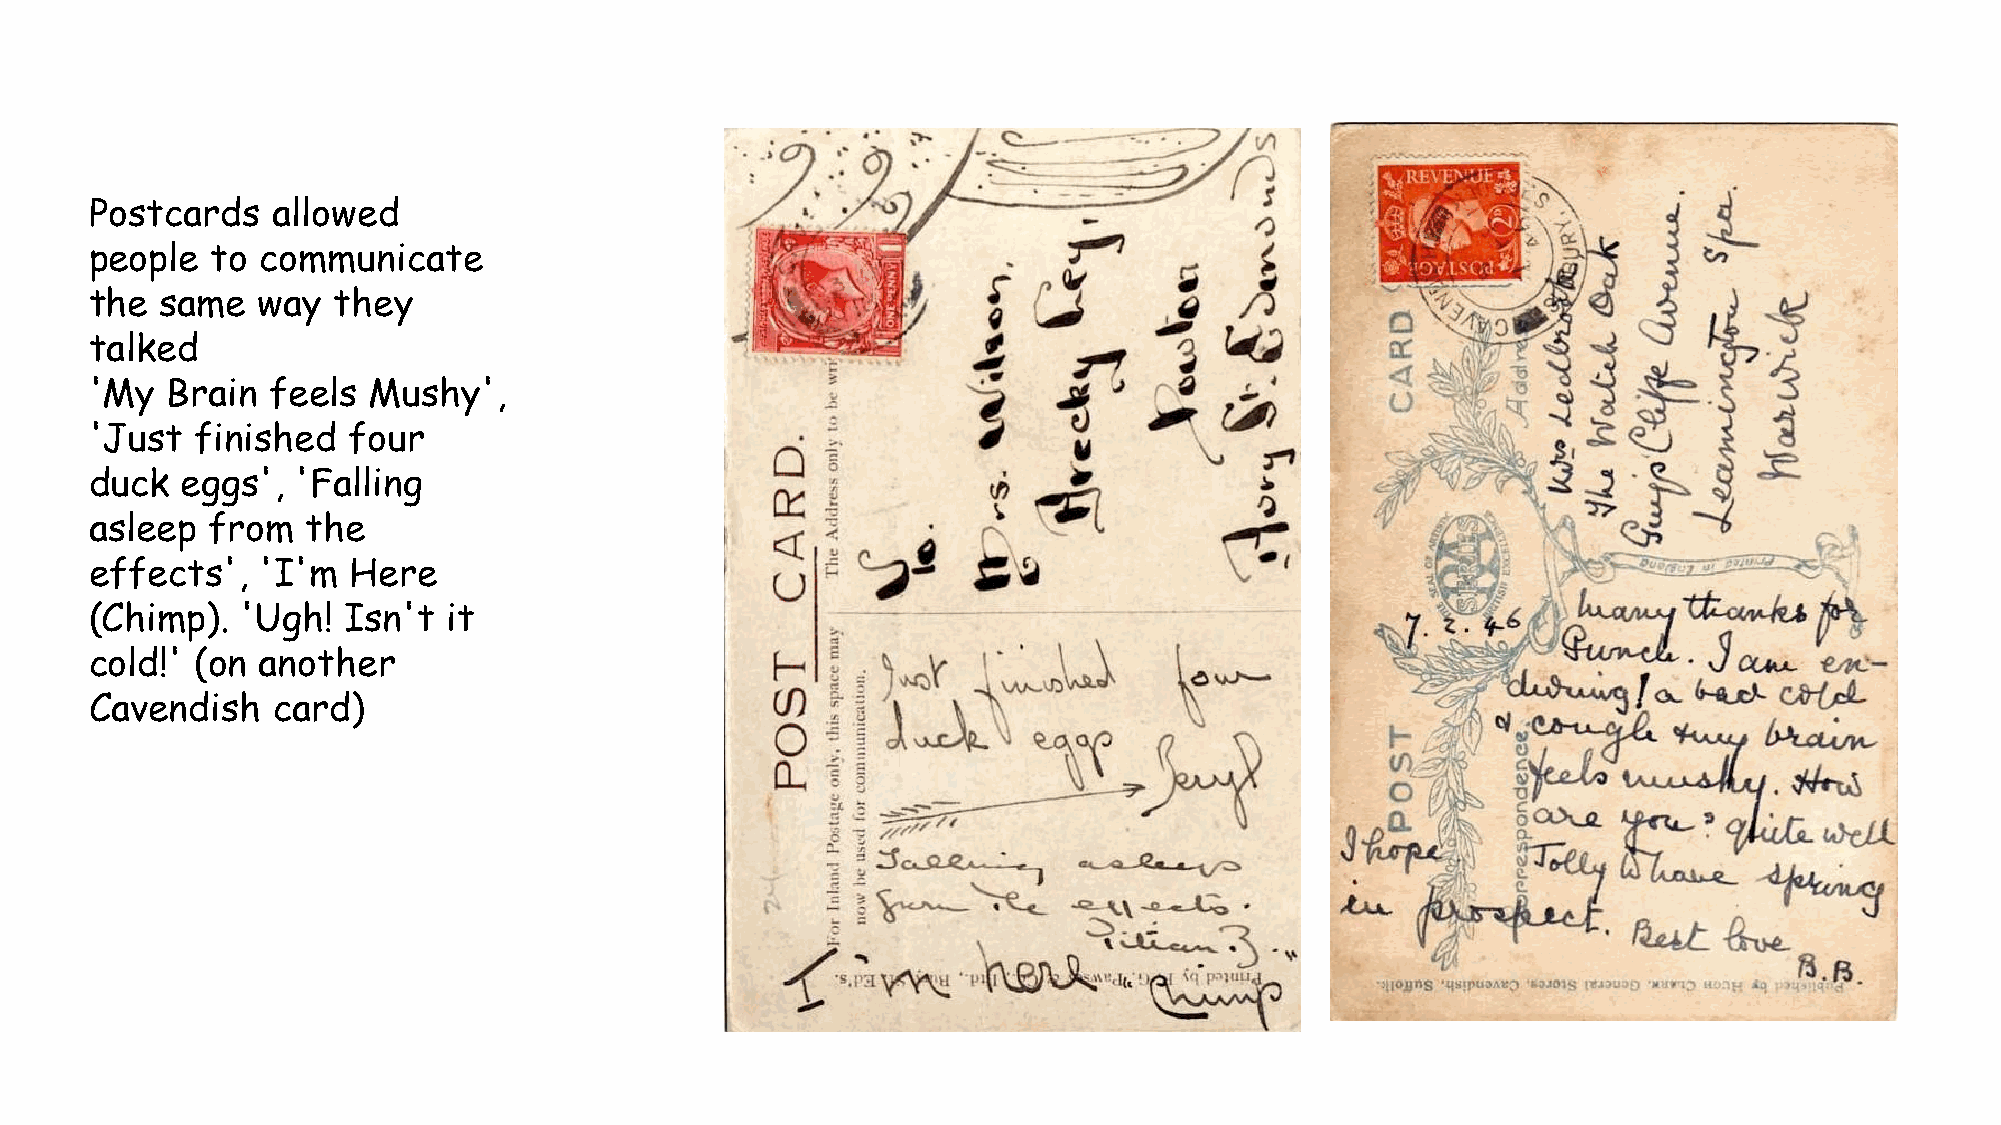
Postcards   allowed
 people  to communicate
 the  same  way  they
 talked
 'My  Brain  feels Mushy',
 'Just  finished  four
 duck  eggs',  'Falling
 asleep  from  the
 effects',  'I'm  Here
 (Chimp).  'Ugh!  Isn't  it
 cold!' (on another
 Cavendish   card)